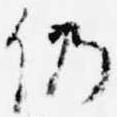
仍